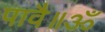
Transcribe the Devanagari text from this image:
पावै॥ॐ